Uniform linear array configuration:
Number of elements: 48
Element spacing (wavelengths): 1
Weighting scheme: exponential
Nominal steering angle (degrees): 0
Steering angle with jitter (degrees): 0.5115
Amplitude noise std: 0.05
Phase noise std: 0.05

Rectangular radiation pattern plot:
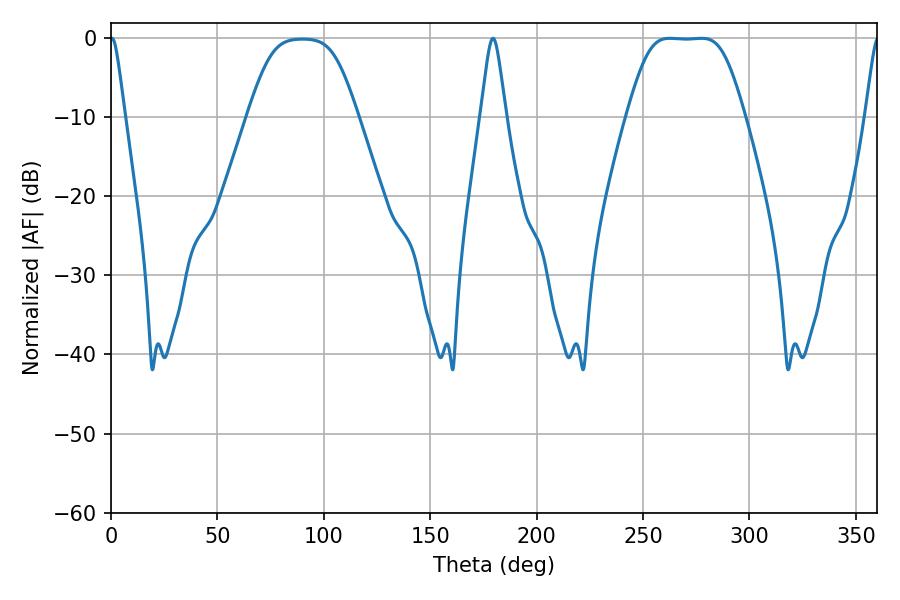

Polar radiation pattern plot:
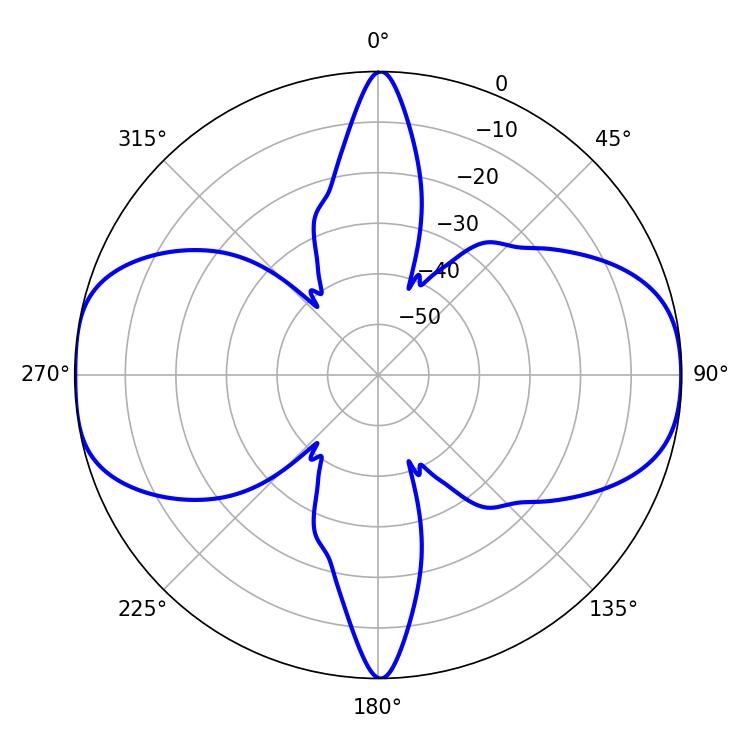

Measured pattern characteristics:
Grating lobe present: TRUE
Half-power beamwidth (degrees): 39.24
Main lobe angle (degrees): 262.44